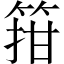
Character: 箝